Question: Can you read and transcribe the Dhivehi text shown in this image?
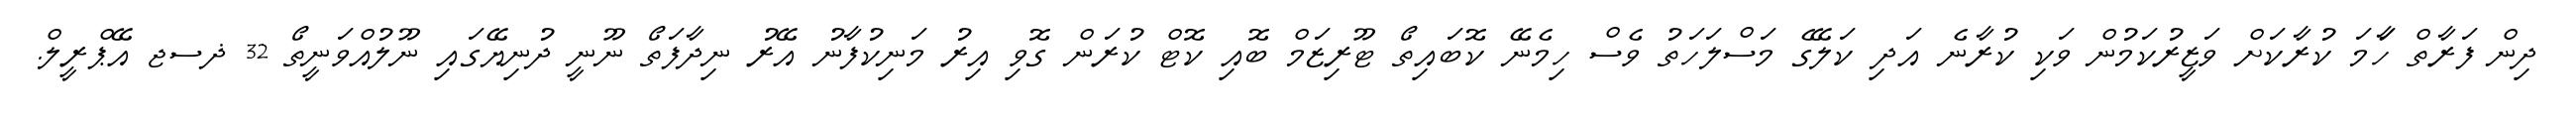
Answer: ދިން ފަރާތް ހަާމަ ކުރާކަށް ވަޒީރުކަމުން ވަކި ކުރާނެ އަދި ކަލޭގެ މަސްލަހަތު ވެސް ހިމެނޭ ކޮބައިތޯ ޓޫރިޒަމް ބޮއި ކޮޓް ކުރަން ގޮވި އިރު މަނިކުފާނު އޭރު ނިދާފަތޯ ނޫނީ ދުނިޔޭގައި ނޫލުއްވަނީތޯ 32 ޛސޖ އޭޕްރީލް.